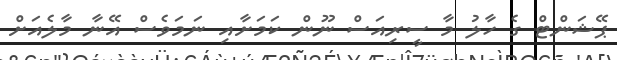
ޕޭޝަންޓް ގެ ހާލު މާ ސީރިއަސް ނޫން ކަމަށާއި ނަމަވެސް އޭނާ މާލެއަށް